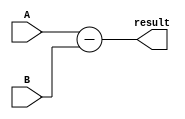
module Subtractor(
    input [3:0] A,
    input [3:0] B,
    output [3:0] result
);

assign result = A - B;

endmodule